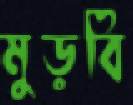
মুড়বি